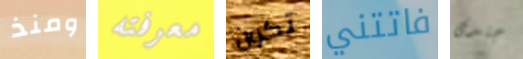
ومنذ معرفته تكون فاتتني جندى